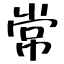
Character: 常